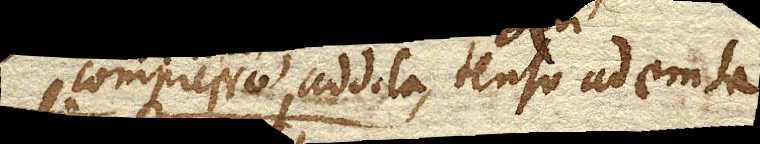
compresso addita, tenso ademta